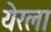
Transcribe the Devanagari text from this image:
येरला